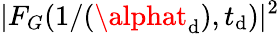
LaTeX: |F_{G}(1/(\alphat_{\mathrm{d}}),t_{\mathrm{d}})|^{2}